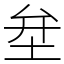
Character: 𡊅